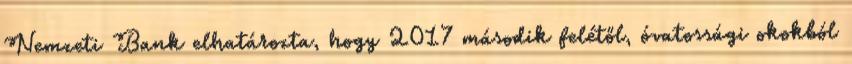
Nemzeti Bank elhatározta, hogy 2017 második felétől, óvatossági okokból